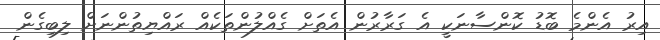
އިރު އެންމެ ބޮޑު ކޮންސާނަކީ އެ ގަރާރުން އެތަށް ގެއްލުންތަކެއް ރައްޔިތުންނަށް ލިބިގެން